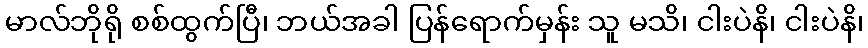
မာလ်ဘိုရို စစ်ထွက်ပြီ၊ ဘယ်အခါ ပြန်ရောက်မှန်း သူ မသိ၊ ငါးပဲနိ၊ ငါးပဲနိ၊